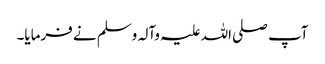
آپ صلی اللہ علیہ وآلہ وسلم نے فرمایا۔